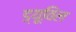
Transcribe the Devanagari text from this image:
ड्यूविल